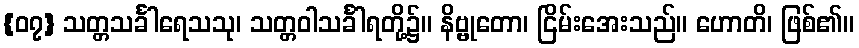
{၀၇} သတ္တသင်္ခါရေသသု၊ သတ္တဝါသင်္ခါရတို့၌။ နိဗ္ဗုတော၊ ငြိမ်းအေးသည်။ ဟောတိ၊ ဖြစ်၏။